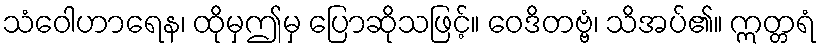
သံဝေါဟာရေန၊ ထိုမှဤမှ ပြောဆိုသဖြင့်။ ဝေဒိတဗ္ဗံ၊ သိအပ်၏။ ဣတ္တရံ